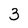
Character: 3